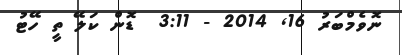
ނޮވެމްބަރު 16